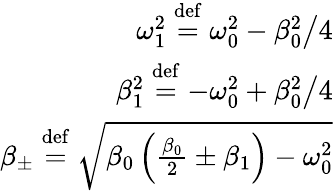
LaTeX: \begin{array}{r}{\omega_{1}^{2}\stackrel{\mathrm{def}}{=}\omega_{0}^{2}-\left.\beta_{0}^{2}\right/4}\\ {\beta_{1}^{2}\stackrel{\mathrm{def}}{=}-\omega_{0}^{2}+\left.\beta_{0}^{2}\right/4}\\ {\beta_{\pm}\stackrel{\mathrm{def}}{=}\sqrt{\beta_{0}\left(\frac{\beta_{0}}{2}\pm\beta_{1}\right)-\omega_{0}^{2}}}\end{array}